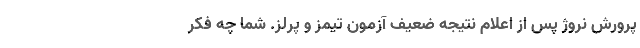
‌پرورش نروژ پس از اعلام نتیجه ضعیف آزمون تیمز و پرلز. شما چه فکر